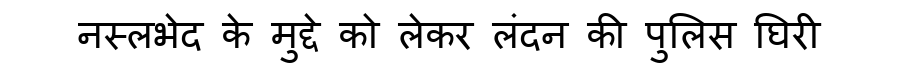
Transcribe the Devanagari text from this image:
नस्लभेद के मुद्दे को लेकर लंदन की पुलिस घिरी